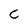
Character: C